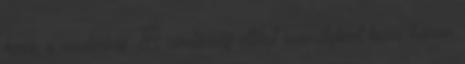
keres a rendőrség. A rendőrség eltűnt személyként keres három